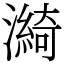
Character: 𤀽